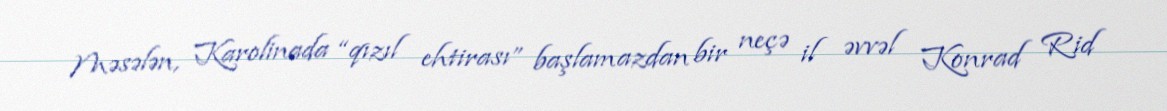
Məsələn, Karolinada “qızıl ehtirası” başlamazdan bir neçə il əvvəl Konrad Rid